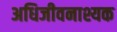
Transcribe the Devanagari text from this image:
अधिजीवनाश्यक